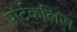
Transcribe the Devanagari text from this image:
पोर्टकलिस